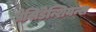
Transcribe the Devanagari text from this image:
प्रेसिडेन्शियन्स